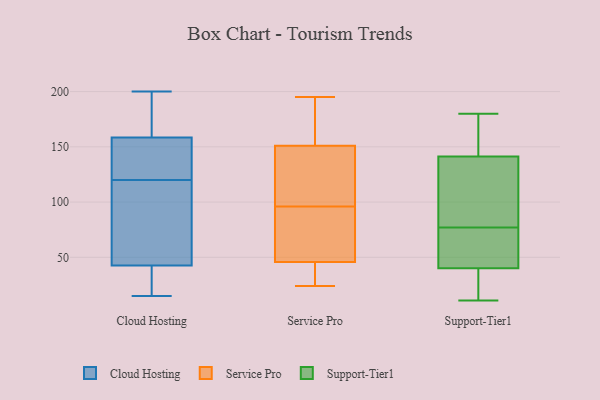
{"axis": {"x": "Energy Usage (MWh)", "y": "Value"}, "legend": ["Cloud Hosting", "Service Pro", "Support-Tier1"], "data": [{"x": "", "y": 176, "type": "Cloud Hosting"}, {"x": "", "y": 108, "type": "Cloud Hosting"}, {"x": "", "y": 129, "type": "Cloud Hosting"}, {"x": "", "y": 95, "type": "Cloud Hosting"}, {"x": "", "y": 25, "type": "Cloud Hosting"}, {"x": "", "y": 162, "type": "Cloud Hosting"}, {"x": "", "y": 96, "type": "Cloud Hosting"}, {"x": "", "y": 99, "type": "Cloud Hosting"}, {"x": "", "y": 16, "type": "Cloud Hosting"}, {"x": "", "y": 18, "type": "Cloud Hosting"}, {"x": "", "y": 151, "type": "Cloud Hosting"}, {"x": "", "y": 200, "type": "Cloud Hosting"}, {"x": "", "y": 121, "type": "Cloud Hosting"}, {"x": "", "y": 161, "type": "Cloud Hosting"}, {"x": "", "y": 126, "type": "Cloud Hosting"}, {"x": "", "y": 120, "type": "Cloud Hosting"}, {"x": "", "y": 23, "type": "Cloud Hosting"}, {"x": "", "y": 15, "type": "Cloud Hosting"}, {"x": "", "y": 199, "type": "Cloud Hosting"}, {"x": "", "y": 136, "type": "Service Pro"}, {"x": "", "y": 107, "type": "Service Pro"}, {"x": "", "y": 195, "type": "Service Pro"}, {"x": "", "y": 57, "type": "Service Pro"}, {"x": "", "y": 39, "type": "Service Pro"}, {"x": "", "y": 96, "type": "Service Pro"}, {"x": "", "y": 27, "type": "Service Pro"}, {"x": "", "y": 48, "type": "Service Pro"}, {"x": "", "y": 77, "type": "Service Pro"}, {"x": "", "y": 148, "type": "Service Pro"}, {"x": "", "y": 189, "type": "Service Pro"}, {"x": "", "y": 24, "type": "Service Pro"}, {"x": "", "y": 160, "type": "Service Pro"}, {"x": "", "y": 68, "type": "Support-Tier1"}, {"x": "", "y": 144, "type": "Support-Tier1"}, {"x": "", "y": 46, "type": "Support-Tier1"}, {"x": "", "y": 180, "type": "Support-Tier1"}, {"x": "", "y": 14, "type": "Support-Tier1"}, {"x": "", "y": 38, "type": "Support-Tier1"}, {"x": "", "y": 77, "type": "Support-Tier1"}, {"x": "", "y": 87, "type": "Support-Tier1"}, {"x": "", "y": 92, "type": "Support-Tier1"}, {"x": "", "y": 60, "type": "Support-Tier1"}, {"x": "", "y": 156, "type": "Support-Tier1"}, {"x": "", "y": 133, "type": "Support-Tier1"}, {"x": "", "y": 38, "type": "Support-Tier1"}, {"x": "", "y": 173, "type": "Support-Tier1"}, {"x": "", "y": 11, "type": "Support-Tier1"}]}